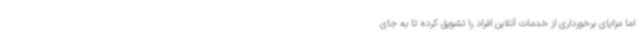
اما مزایای برخورداری از خدمات آنلاین افراد را تشویق کرده تا به جای